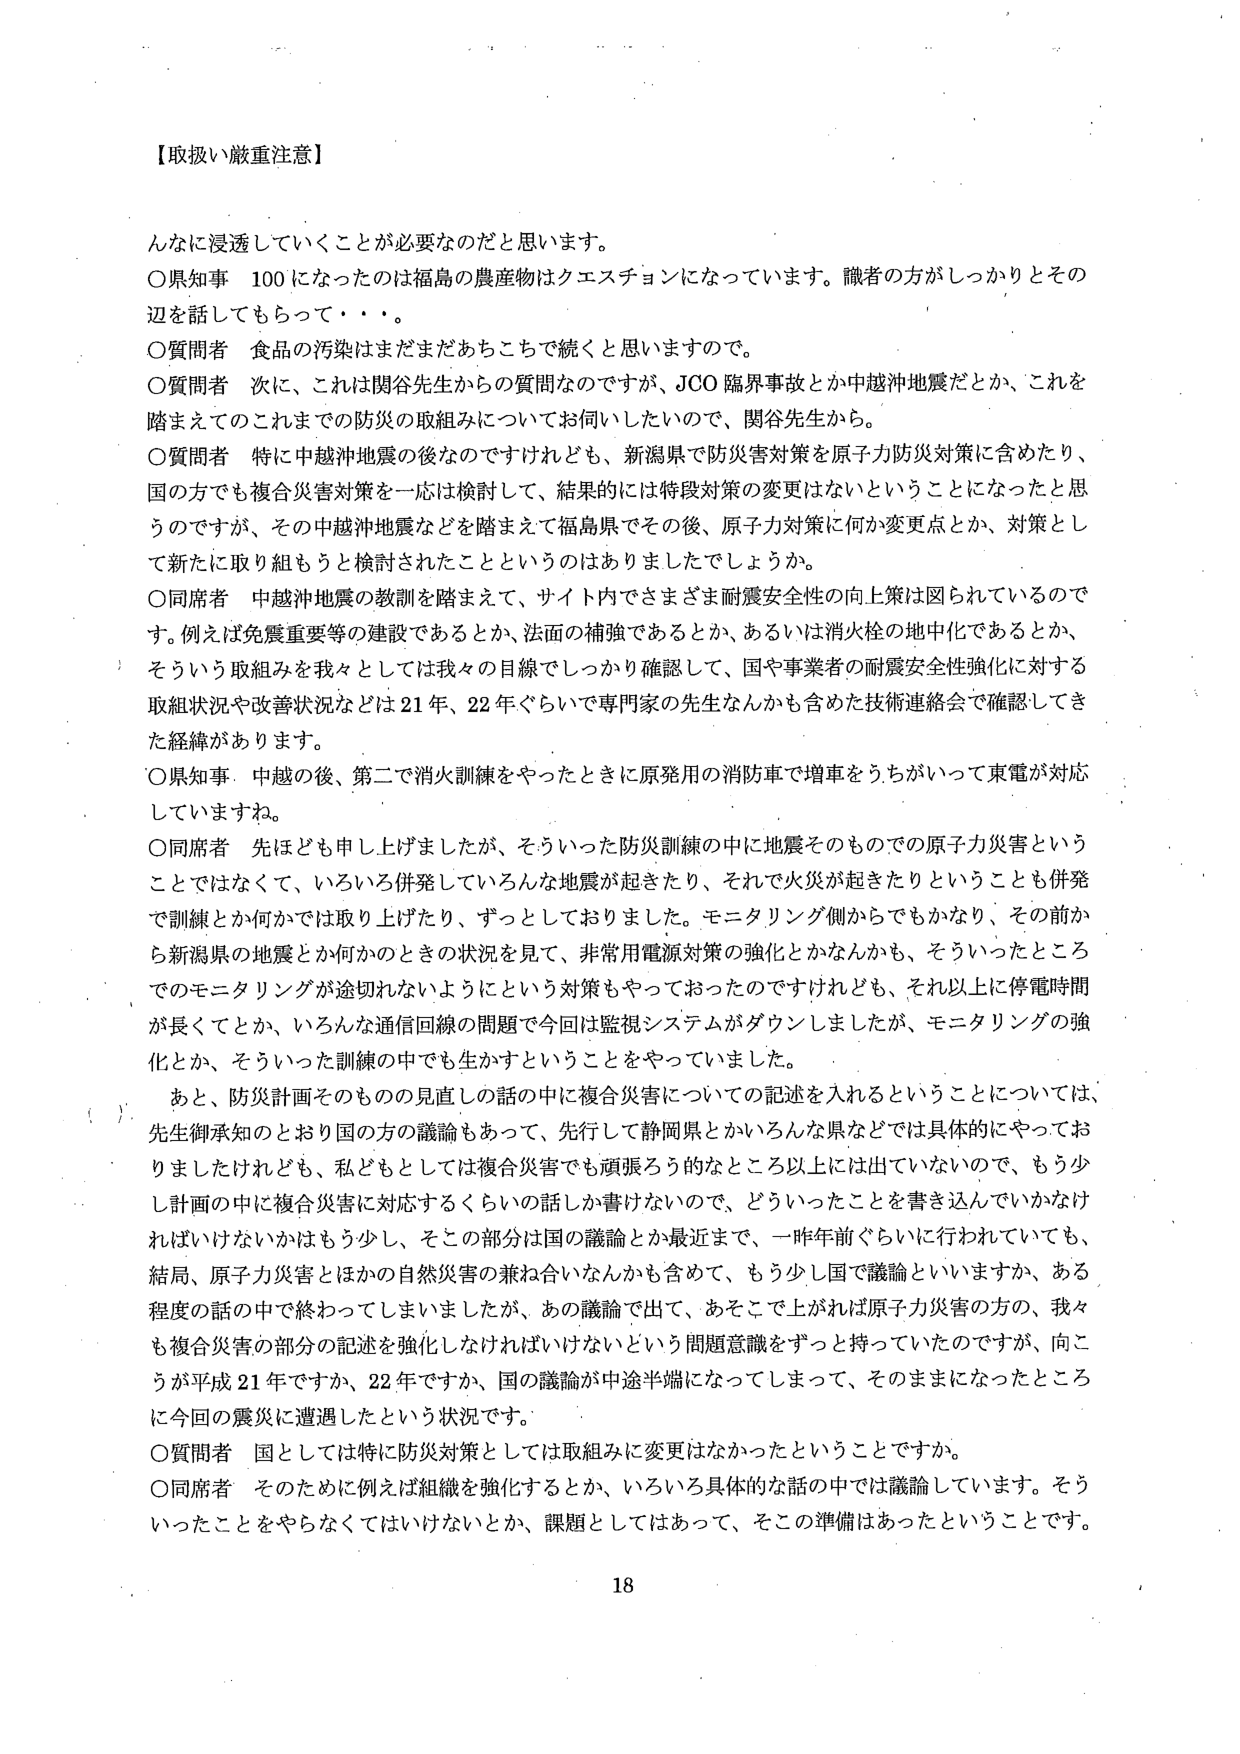
【取扱い厳重注意】

んなに浸透していくことが必要なのだと思います。

〇県知事　100になったのは福島の農産物はクエスチョンになっています。識者の方がしっかりとその辺を話してもらって・・・。

〇質問者　食品の汚染はまだまだあちこちで続くと思いますので。

〇質問者　次に、これは関谷先生からの質問なのですが、JCO臨界事故とか中越沖地震だとか、これを踏まえてのこれまでの防災の取組みについてお伺いしたいので、関谷先生から。

〇質問者　特に中越沖地震の後なのですけれども、新潟県で防災害対策を原子力防災対策に含めたり、国の方でも複合災害対策を一応は検討して、結果的には特段対策の変更はないということになったと思うのですが、その中越沖地震などを踏まえて福島県でその後、原子力対策に何か変更点とか、対策として新たに取り組もうと検討されたことというのはありましたでしょうか。

〇同席者　中越沖地震の教訓を踏まえて、サイト内ではさまざま耐震安全性の向上策は図られているのです。例えば免震重要等の建設であるとか、法面の補強であるとか、あるいは消火栓の地中化であるとか、そういう取組みを我々としては我々の目線でしっかり確認して、国や事業者の耐震安全性強化に対する取組状況や改善状況などは21年、22年ぐらいで専門家の先生なんかも含めた技術連絡会で確認してきた経緯があります。

〇県知事　中越の後、第二で消火訓練をやったときに原発用の消防車で増車をうちがいって東電が対応しています。

〇同席者　先ほども申し上げましたが、そういった防災訓練の中に地震そのものでの原子力災害ということではなくて、いろいろ併発していろんな地震が起きたり、それで火災が起きたりということも併発で訓練とか何かでは取り上げたり、ずっとしておりました。モニタリング側からでもかなり、その前から新潟県の地震とか何かのときの状況を見て、非常用電源対策の強化とかなんかも、そういったところでのモニタリングが途切れないようにという対策もやっておったのですけれども、それ以上に停電時間が長くてとか、いろんな通信回線の問題で今回は監視システムがダウンしましたが、モニタリングの強化とか、そういった訓練の中でも生かすということをやっていました。

あと、防災計画そのものの見直しの話の中に複合災害についての記述を入れるということについては、先生御承知のとおり国の方の議論もあって、先行して静岡県とかいろんな県などでは具体的にやっておりましたけれども、私どもとしては複合災害でも頭張ろう的なところ以上には出ていないので、もう少し計画の中に複合災害に対応するくらいの話しか書けないので、どういったことを書き込んでいかなければならないかはもう少し、そこの部分は国の議論とか最近まで、一昨年前ぐらいに行われていても、結局、原子力災害とほかの自然災害の兼ね合いなんかも含めて、もう少し国で議論といいますか、ある程度の話の中で終わってしまいましたが、あの議論で出て、あそこで上がれば原子力災害の方の、我々も複合災害の部分の記述を強化しなければいけないという問題意識をずっと持っていたのですが、向こうが平成21年ですか、22年ですか、国の議論が中途半端になってしまって、そのままになったところに今回の震災に遭遇したという状況です。

〇質問者　国としては特に防災対策としては取組みに変更はなかったということですか。

〇同席者　そのために例えば組織を強化するとか、いろいろ具体的な話の中では議論しています。そういったことをやらなくてはいけないとか、課題としてはあって、そこの準備はあったということです。

18